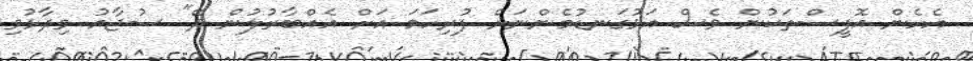
އެހެން އޮފީސްތަކުން ވެސް އަޅުގަނޑުމެންނަށް ފުރިހަމަ އަށް އެއްބާރުލުން ދޭ" ސުޖާއު ވިދާޅުވި